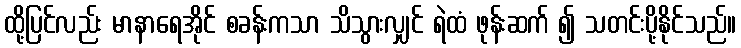
ထို့ပြင်လည်း မာနာရေအိုင် စခန်းကသာ သိသွားလျှင် ရဲထံ ဖုန်းဆက် ၍ သတင်းပို့နိုင်သည်။